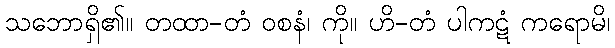
သဘောရှိ၏။ တထာ-တံ ဝစနံ၊ ကို။ ဟိ-တံ ပါကဋံ ကရောမိ၊